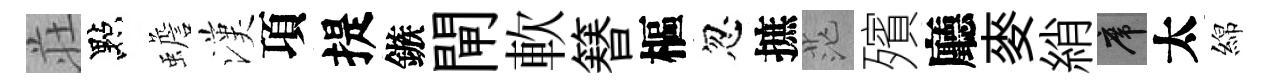
荘點蟾漢項提鏃閘軟簮樞忽摭茫殯廳麥綃席太綿